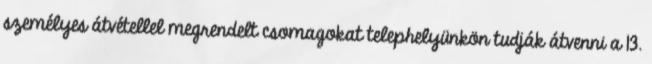
személyes átvétellel megrendelt csomagokat telephelyünkön tudják átvenni a 13.